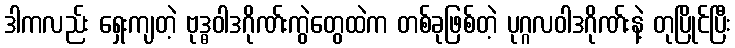
ဒါကလည်း ရှေးကျတဲ့ ဗုဒ္ဓဝါဒဂိုဏ်းကွဲတွေထဲက တစ်ခုဖြစ်တဲ့ ပုဂ္ဂလဝါဒဂိုဏ်းနဲ့ တုပြိုင်ပြီး